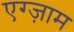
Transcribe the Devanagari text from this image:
एग्ज़ाम